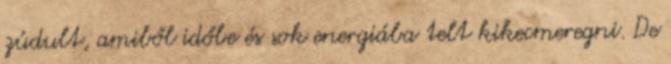
zúdult, amiből időbe és sok energiába telt kikecmeregni. De